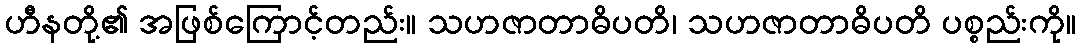
ဟီနတို့၏ အဖြစ်ကြောင့်တည်း။ သဟဇာတာဓိပတိ၊ သဟဇာတာဓိပတိ ပစ္စည်းကို။